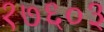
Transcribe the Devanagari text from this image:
१७६०३